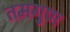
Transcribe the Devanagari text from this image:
तमगुण